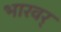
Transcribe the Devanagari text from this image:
भारवर्